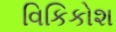
વિકિકોશ